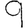
Digit: 9